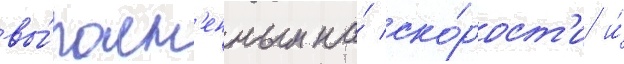
вы́полн'енным на́ ско́рост'и и́